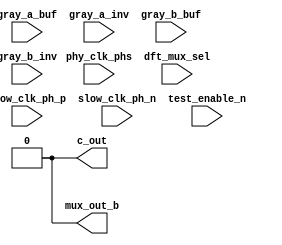
// This program was cloned from: https://github.com/intel/aib-phy-hardware
// License: Apache License 2.0

// SPDX-License-Identifier: Apache-2.0
// Copyright (C) 2019 Intel Corporation. All rights reserved
//------------------------------------------------------------------------
//
// Revision:    $Revision: #2 $
//------------------------------------------------------------------------
// Description: interpolator mux
//
//------------------------------------------------------------------------

module io_interp_mux (

input  [7:0] phy_clk_phs,   // 8 phase 1.6GHz clock
input  [7:0] slow_clk_ph_p, // 8 phase 1.6GHz clock combined with reset
input  [7:0] slow_clk_ph_n, // 8 phase 1.6GHz clock combined with reset
input  [2:0] gray_a_buf,    // Mux select A
input  [2:0] gray_a_inv,    // inverted Mux select A
input  [2:0] gray_b_buf,    // Mux select B
input  [2:0] gray_b_inv,    // inverted Mux select B
input        test_enable_n, // active low test enable
input        dft_mux_sel,   // mux selection during test
output       c_out,         // 1 of the 3 output phases, sent to the interpolator
output       mux_out_b      // 1 of the 3 output phases, sent to other logic
);

`ifdef TIMESCALE_EN
                timeunit 1ps;
                timeprecision 1ps;
`endif

parameter  NAND_DELAY     = 17;  // 17ps
parameter  NOR_DELAY      = 22;  // 22ps
parameter  INV_DELAY      = 12;  // 10ps
parameter  MUX_DELAY      = 40;  // 35ps
parameter  BUF_DELAY      = 20;  // 16ps
parameter  FINGER_DELAY   = 55;  // 55ps

//wire  [7:0] slow_clk_ph;	//move to io_interpolator
reg   [7:0] dc_a,dc_b;
wire  [7:0] amx;
wire  [7:0] ap;
reg   [7:0] en,ep;
wire  [7:0] xn,sn,xp,sp;
wire        c_out_n;
wire        c_out_int_n;
wire        c_out_p;
wire        c_out_int_p;
wire 	    c_out_n_mux;

//-----------------------------------------------------------------------------------------------------------------------------
//   This circuit is used to mux out 2 of the clock phases and not glitch during the transition to the next clock phase.
//   The circuit must stretch the output and not glitch the output.
//-----------------------------------------------------------------------------------------------------------------------------
//                      ___________________                     ___________________                     ___________________
//  clk_ph[0]  ________/                   \___________________/                   \___________________/                   \___
//                           ___________________                     ___________________                     __________________
//  clk_ph[1]  _____________/                   \___________________/                   \___________________/                 
//                                ___________________                     ___________________                     _____________
//  clk_ph[2]  __________________/                   \___________________/                   \___________________/            
//             ___                     ___________________                     ___________________                     ________
//  clk_ph[3]     \___________________/                   \___________________/                   \___________________/       
//             ________                     ___________________                     ___________________                     ___
//  clk_ph[4]          \___________________/                   \___________________/                   \___________________/  
//             __________                               _____________________________                               ___________
//  clk_out              \_____________________________/                             \_____________________________/           
//             ______________________________
//  en[0]                                    \_________________________________________________________________________________
//                         ____________________________________________________________________________________________________
//  ep[0]      ___________/
//                         _____________________________
//  en[2]      ___________/                             \______________________________________________________________________
//             ___________________                                        _____________________________________________________
//  ep[2]                  *******\______________________________________/
//                                                               _______________________________________ 
//  en[4]      __________________________________________*******/                                       \______________________
//             _________________________________________                               ________________________________________
//  ep[4]                                               \_____________________________/
//
//-----------------------------------------------------------------------------------------------------------------------------

//--------------------------------------------------------------------------------------------------
//  clk_ph buffers
//--------------------------------------------------------------------------------------------------

//assign #(2 * INV_DELAY) slow_clk_ph[7:0] = phy_clk_phs[7:0];	//move to io_interpolator

//--------------------------------------------------------------------------------------------------
//  Decoder of the gray_sel input
//--------------------------------------------------------------------------------------------------

always @(*)
  case (gray_a_buf[2:0])
    3'b000 : dc_a[7:0] = 8'b0000_0001;
    3'b001 : dc_a[7:0] = 8'b0000_0010;
    3'b011 : dc_a[7:0] = 8'b0000_0100;
    3'b010 : dc_a[7:0] = 8'b0000_1000;
    3'b110 : dc_a[7:0] = 8'b0001_0000;
    3'b111 : dc_a[7:0] = 8'b0010_0000;
    3'b101 : dc_a[7:0] = 8'b0100_0000;
    3'b100 : dc_a[7:0] = 8'b1000_0000;
  endcase

always @(*)
  case (gray_b_buf[2:0])
    3'b000 : dc_b[7:0] = 8'b0000_0001;
    3'b001 : dc_b[7:0] = 8'b0000_0010;
    3'b011 : dc_b[7:0] = 8'b0000_0100;
    3'b010 : dc_b[7:0] = 8'b0000_1000;
    3'b110 : dc_b[7:0] = 8'b0001_0000;
    3'b111 : dc_b[7:0] = 8'b0010_0000;
    3'b101 : dc_b[7:0] = 8'b0100_0000;
    3'b100 : dc_b[7:0] = 8'b1000_0000;
  endcase

assign #MUX_DELAY amx[7:0] = c_out_int_p ? dc_b[7:0] : dc_a[7:0];

assign #INV_DELAY ap[7:0] = ~amx[7:0];
//assign #BUF_DELAY an[7:0] =  amx[7:0];

//--------------------------------------------------------------------------------------------------
//  Finger enable for out[0]
//--------------------------------------------------------------------------------------------------

assign #NAND_DELAY xn[7:0] = ~({8{c_out_int_n}} & slow_clk_ph_n[7:0]);
assign #NAND_DELAY sn[7:0] = ~(amx[7:0] & xn[7:0]) ;

always @(*)
  if      ( ~sn[0] )            en[0] <= #NAND_DELAY 1'b1;
  else if ( ~slow_clk_ph_n[0] ) en[0] <= #NAND_DELAY 1'b0;
  else if ( ~ap[7] )            en[0] <= #NAND_DELAY 1'b0;

always @(*)
  if      ( ~sn[1] )            en[1] <= #NAND_DELAY 1'b1;
  else if ( ~slow_clk_ph_n[1] ) en[1] <= #NAND_DELAY 1'b0;
  else if ( ~ap[0] )            en[1] <= #NAND_DELAY 1'b0;

always @(*)
  if      ( ~sn[2] )            en[2] <= #NAND_DELAY 1'b1;
  else if ( ~slow_clk_ph_n[2] ) en[2] <= #NAND_DELAY 1'b0;
  else if ( ~ap[1] )            en[2] <= #NAND_DELAY 1'b0;

always @(*)
  if      ( ~sn[3] )            en[3] <= #NAND_DELAY 1'b1;
  else if ( ~slow_clk_ph_n[3] ) en[3] <= #NAND_DELAY 1'b0;
  else if ( ~ap[2] )            en[3] <= #NAND_DELAY 1'b0;

always @(*)
  if      ( ~sn[4] )            en[4] <= #NAND_DELAY 1'b1;
  else if ( ~slow_clk_ph_n[4] ) en[4] <= #NAND_DELAY 1'b0;
  else if ( ~ap[3] )            en[4] <= #NAND_DELAY 1'b0;

always @(*)
  if      ( ~sn[5] )            en[5] <= #NAND_DELAY 1'b1;
  else if ( ~slow_clk_ph_n[5] ) en[5] <= #NAND_DELAY 1'b0;
  else if ( ~ap[4] )            en[5] <= #NAND_DELAY 1'b0;

always @(*)
  if      ( ~sn[6] )            en[6] <= #NAND_DELAY 1'b1;
  else if ( ~slow_clk_ph_n[6] ) en[6] <= #NAND_DELAY 1'b0;
  else if ( ~ap[5] )            en[6] <= #NAND_DELAY 1'b0;

always @(*)
  if      ( ~sn[7] )            en[7] <= #NAND_DELAY 1'b1;
  else if ( ~slow_clk_ph_n[7] ) en[7] <= #NAND_DELAY 1'b0;
  else if ( ~ap[6] )            en[7] <= #NAND_DELAY 1'b0;

assign #NOR_DELAY  xp[7:0] = ~({8{c_out_int_n}} | slow_clk_ph_p[7:0]);
assign #NOR_DELAY  sp[7:0] = ~(ap[7:0] | xp[7:0]) ;

always @(*)
  if      ( sp[0] )            ep[0] <= #NAND_DELAY 1'b0;
  else if ( slow_clk_ph_p[0] ) ep[0] <= #NAND_DELAY 1'b1;
  else if ( amx[7] )           ep[0] <= #NAND_DELAY 1'b1;

always @(*)
  if      ( sp[1] )            ep[1] <= #NAND_DELAY 1'b0;
  else if ( slow_clk_ph_p[1] ) ep[1] <= #NAND_DELAY 1'b1;
  else if ( amx[0] )           ep[1] <= #NAND_DELAY 1'b1;

always @(*)
  if      ( sp[2] )            ep[2] <= #NAND_DELAY 1'b0;
  else if ( slow_clk_ph_p[2] ) ep[2] <= #NAND_DELAY 1'b1;
  else if ( amx[1] )           ep[2] <= #NAND_DELAY 1'b1;

always @(*)
  if      ( sp[3] )            ep[3] <= #NAND_DELAY 1'b0;
  else if ( slow_clk_ph_p[3] ) ep[3] <= #NAND_DELAY 1'b1;
  else if ( amx[2] )           ep[3] <= #NAND_DELAY 1'b1;

always @(*)
  if      ( sp[4] )            ep[4] <= #NAND_DELAY 1'b0;
  else if ( slow_clk_ph_p[4] ) ep[4] <= #NAND_DELAY 1'b1;
  else if ( amx[3] )           ep[4] <= #NAND_DELAY 1'b1;

always @(*)
  if      ( sp[5] )            ep[5] <= #NAND_DELAY 1'b0;
  else if ( slow_clk_ph_p[5] ) ep[5] <= #NAND_DELAY 1'b1;
  else if ( amx[4] )           ep[5] <= #NAND_DELAY 1'b1;

always @(*)
  if      ( sp[6] )            ep[6] <= #NAND_DELAY 1'b0;
  else if ( slow_clk_ph_p[6] ) ep[6] <= #NAND_DELAY 1'b1;
  else if ( amx[5] )           ep[6] <= #NAND_DELAY 1'b1;

always @(*)
  if      ( sp[7] )            ep[7] <= #NAND_DELAY 1'b0;
  else if ( slow_clk_ph_p[7] ) ep[7] <= #NAND_DELAY 1'b1;
  else if ( amx[6] )           ep[7] <= #NAND_DELAY 1'b1;

//--------------------------------------------------------------------------------------------------
//  Finger Mux for out[0]
//--------------------------------------------------------------------------------------------------

assign c_out_n_mux = ({ep[0],phy_clk_phs[0]}==2'b00)? 1'b1 : 1'bz;
assign c_out_n_mux = ({ep[1],phy_clk_phs[1]}==2'b00)? 1'b1 : 1'bz;
assign c_out_n_mux = ({ep[2],phy_clk_phs[2]}==2'b00)? 1'b1 : 1'bz;
assign c_out_n_mux = ({ep[3],phy_clk_phs[3]}==2'b00)? 1'b1 : 1'bz;
assign c_out_n_mux = ({ep[4],phy_clk_phs[4]}==2'b00)? 1'b1 : 1'bz;
assign c_out_n_mux = ({ep[5],phy_clk_phs[5]}==2'b00)? 1'b1 : 1'bz;
assign c_out_n_mux = ({ep[6],phy_clk_phs[6]}==2'b00)? 1'b1 : 1'bz;
assign c_out_n_mux = ({ep[7],phy_clk_phs[7]}==2'b00)? 1'b1 : 1'bz;
assign c_out_n_mux = ({en[0],phy_clk_phs[0]}==2'b11)? 1'b0 : 1'bz;
assign c_out_n_mux = ({en[1],phy_clk_phs[1]}==2'b11)? 1'b0 : 1'bz;
assign c_out_n_mux = ({en[2],phy_clk_phs[2]}==2'b11)? 1'b0 : 1'bz;
assign c_out_n_mux = ({en[3],phy_clk_phs[3]}==2'b11)? 1'b0 : 1'bz;
assign c_out_n_mux = ({en[4],phy_clk_phs[4]}==2'b11)? 1'b0 : 1'bz;
assign c_out_n_mux = ({en[5],phy_clk_phs[5]}==2'b11)? 1'b0 : 1'bz;
assign c_out_n_mux = ({en[6],phy_clk_phs[6]}==2'b11)? 1'b0 : 1'bz;
assign c_out_n_mux = ({en[7],phy_clk_phs[7]}==2'b11)? 1'b0 : 1'bz;

assign #FINGER_DELAY c_out_n = c_out_n_mux;

assign #INV_DELAY c_out = ~c_out_n;
assign #INV_DELAY mux_out_b = ~c_out_n;
assign #INV_DELAY c_out_p = ~c_out_n;
assign #INV_DELAY c_out_int_n = ~c_out_p;

assign #(2 * NAND_DELAY) c_out_int_p  = ~(dft_mux_sel & ~(test_enable_n & c_out_p));

endmodule